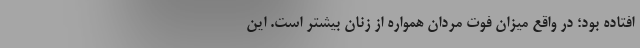
افتاده بود؛ در واقع میزان فوت مردان همواره از زنان بیشتر است. این